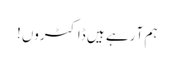
ہم آ رہے ہیں ڈاکٹروں!